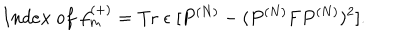
~ I n d e x ~ o f ~ f _ { m } ^ { ( + ) } = \mathrm { T r } \; \epsilon \; [ P ^ { ( N ) } - ( P ^ { ( N ) } { \bf F } P ^ { ( N ) } ) ^ { 2 } ] . \nonumber